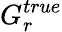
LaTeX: G_{r}^{true}